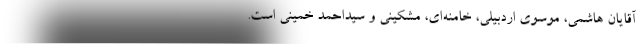
آقایان هاشمی، موسوی اردبیلی، خامنه‌ای، مشکینی و سیداحمد خمینی است.